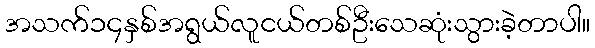
အသက်၁၄နှစ်အရွယ်လူငယ်တစ်ဦးသေဆုံးသွားခဲ့တာပါ။